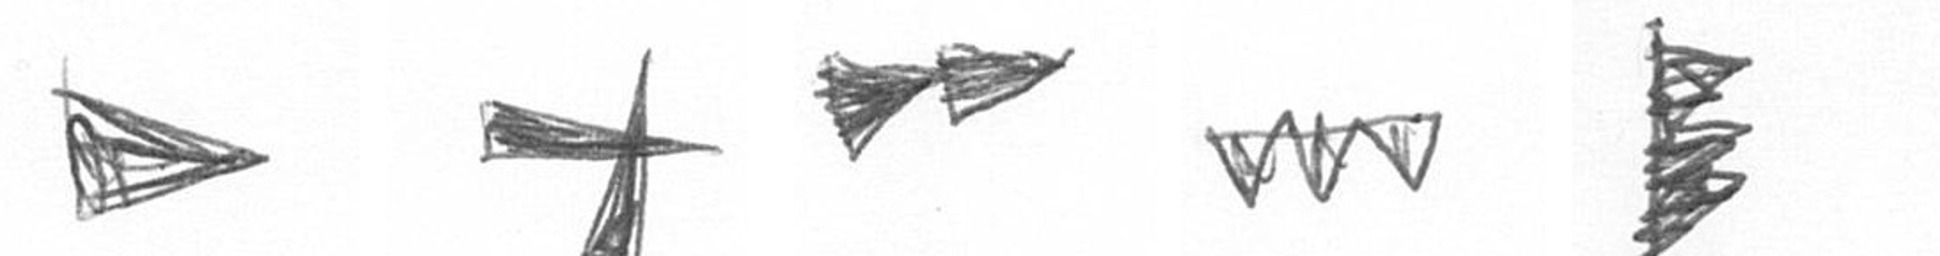
T G A L H